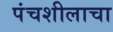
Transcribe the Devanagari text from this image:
पंचशीलाचा